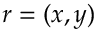
r = ( x , y )